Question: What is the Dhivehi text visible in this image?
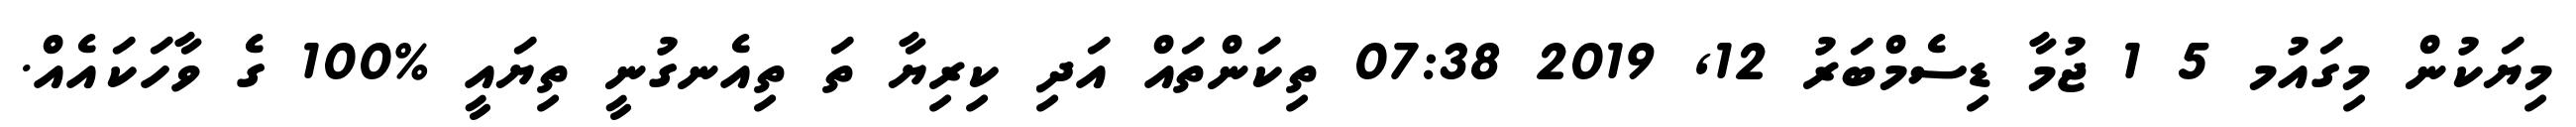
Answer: މިޔަކުން މިގައުމ 5 1 ޖުމާ ޑިސެމްބަރު 12, 2019 07:38 ތިކަންތައް އަދި ކިރިޔާ ތަ ތިއެނގުނީ ތިޔައީ %100 ގެ ވާހަކައެއް.